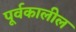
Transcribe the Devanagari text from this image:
पूर्वकालील